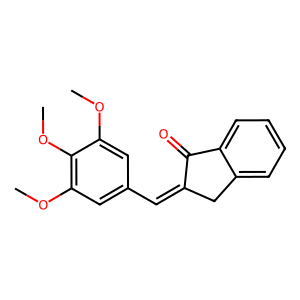
SMILES: COc1cc(C=C2Cc3ccccc3C2=O)cc(OC)c1OC
Inhibits HIV replication: No